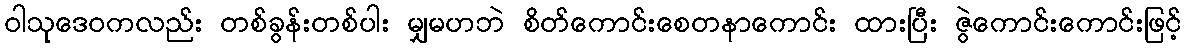
ဝါသုဒေဝကလည်း တစ်ခွန်းတစ်ပါး မျှမဟဘဲ စိတ်ကောင်းစေတနာကောင်း ထားပြီး ဇွဲကောင်းကောင်းဖြင့်